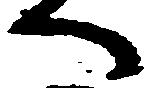
へ